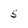
Character: 5